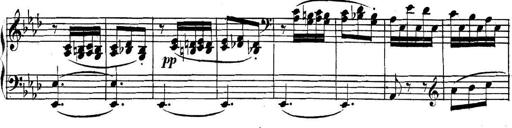
Title: Collected Piano Sonatas
Composer: Muzio Clementi